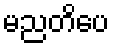
မညတိပေ